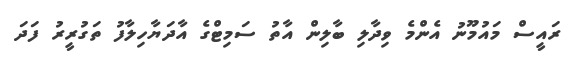
ރައީސް މައުމޫނު އެންމެ ވިދާލި ބާލިން އާތު ސަމިޓްގެ އާދަޔާހިލާފު ތަގުރީރު ފަދަ